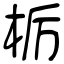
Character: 栃